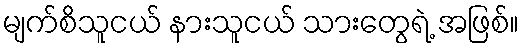
မျက်စိသူငယ် နားသူငယ် သားတွေရဲ့ အဖြစ်။